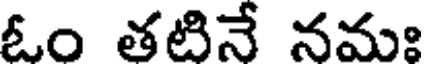
ఓం తటినే నమః